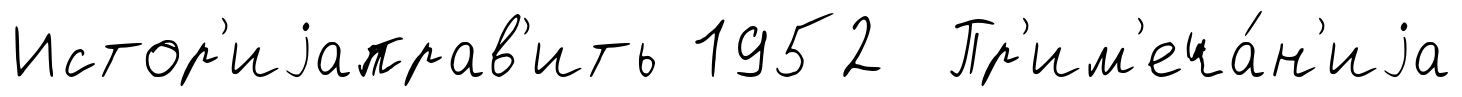
Истор'иjаправ'ить 1952 Пр'им'еча́н'иjа